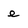
Character: e